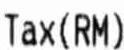
TAX (RM)